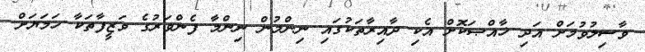
ވާސިލުވުމަށް އަދި ޚާއްޞަކޮށް އެކި ދާއިރާތަކުގައި ނިންމުން ނިންމާ ފެންވަރުގެ ވަޒީފާތަކާ ހަމަޔަށް